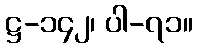
ဋ္ဌ-၁၄၂၊ ပါ-၇၁။